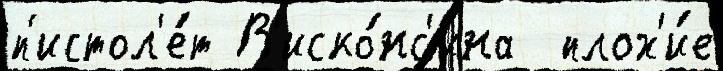
п'истол'е́т В'иско́нс'ина  плох'и́е